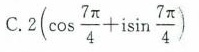
C. 2 ( \cos \frac{7 \pi}{4} + i \sin \frac{7 \pi}{4})